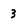
Character: 3